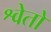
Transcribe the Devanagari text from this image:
श्वेतो